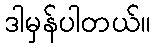
ဒါမှန်ပါတယ်။